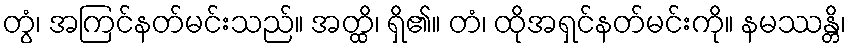
တွံ၊ အကြင်နတ်မင်းသည်။ အတ္ထိ၊ ရှိ၏။ တံ၊ ထိုအရှင်နတ်မင်းကို။ နမဿန္တိ၊